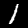
Digit: 1